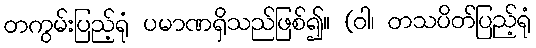
တကွမ်းပြည့်ရုံ ပမာဏရှိသည်ဖြစ်၍။ (ဝါ၊ တသပိတ်ပြည့်ရုံ